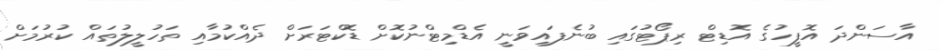
އާސަންދަ އޮފީހުގެ އޮޑިޓް ރިޕޯޓުގައި ބުނެފައިވަނީ އެޑްމިޓްނުކޮށް ޑޮކްޓަރަށް ދެއްކުމާއި ތަހުލީލުތައް ކުރުމަށް